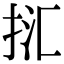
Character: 㧟